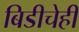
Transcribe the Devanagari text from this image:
बिडीचेही